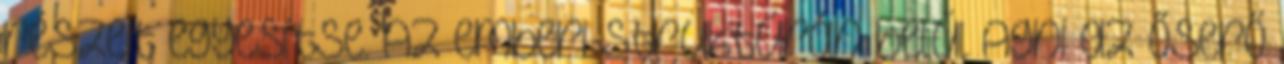
részeit egyesítse. Az emberi struktúrán belül Agni az őserő